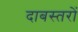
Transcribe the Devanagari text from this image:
दाबस्तरों